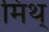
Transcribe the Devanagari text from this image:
मिथ्